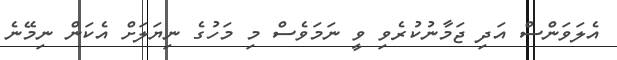
އެލަވަންސް އަދި ޖަމާނުކުރެވި ވީ ނަމަވެސް މި މަހުގެ ނިޔަލަށް އެކަން ނިމޭނެ